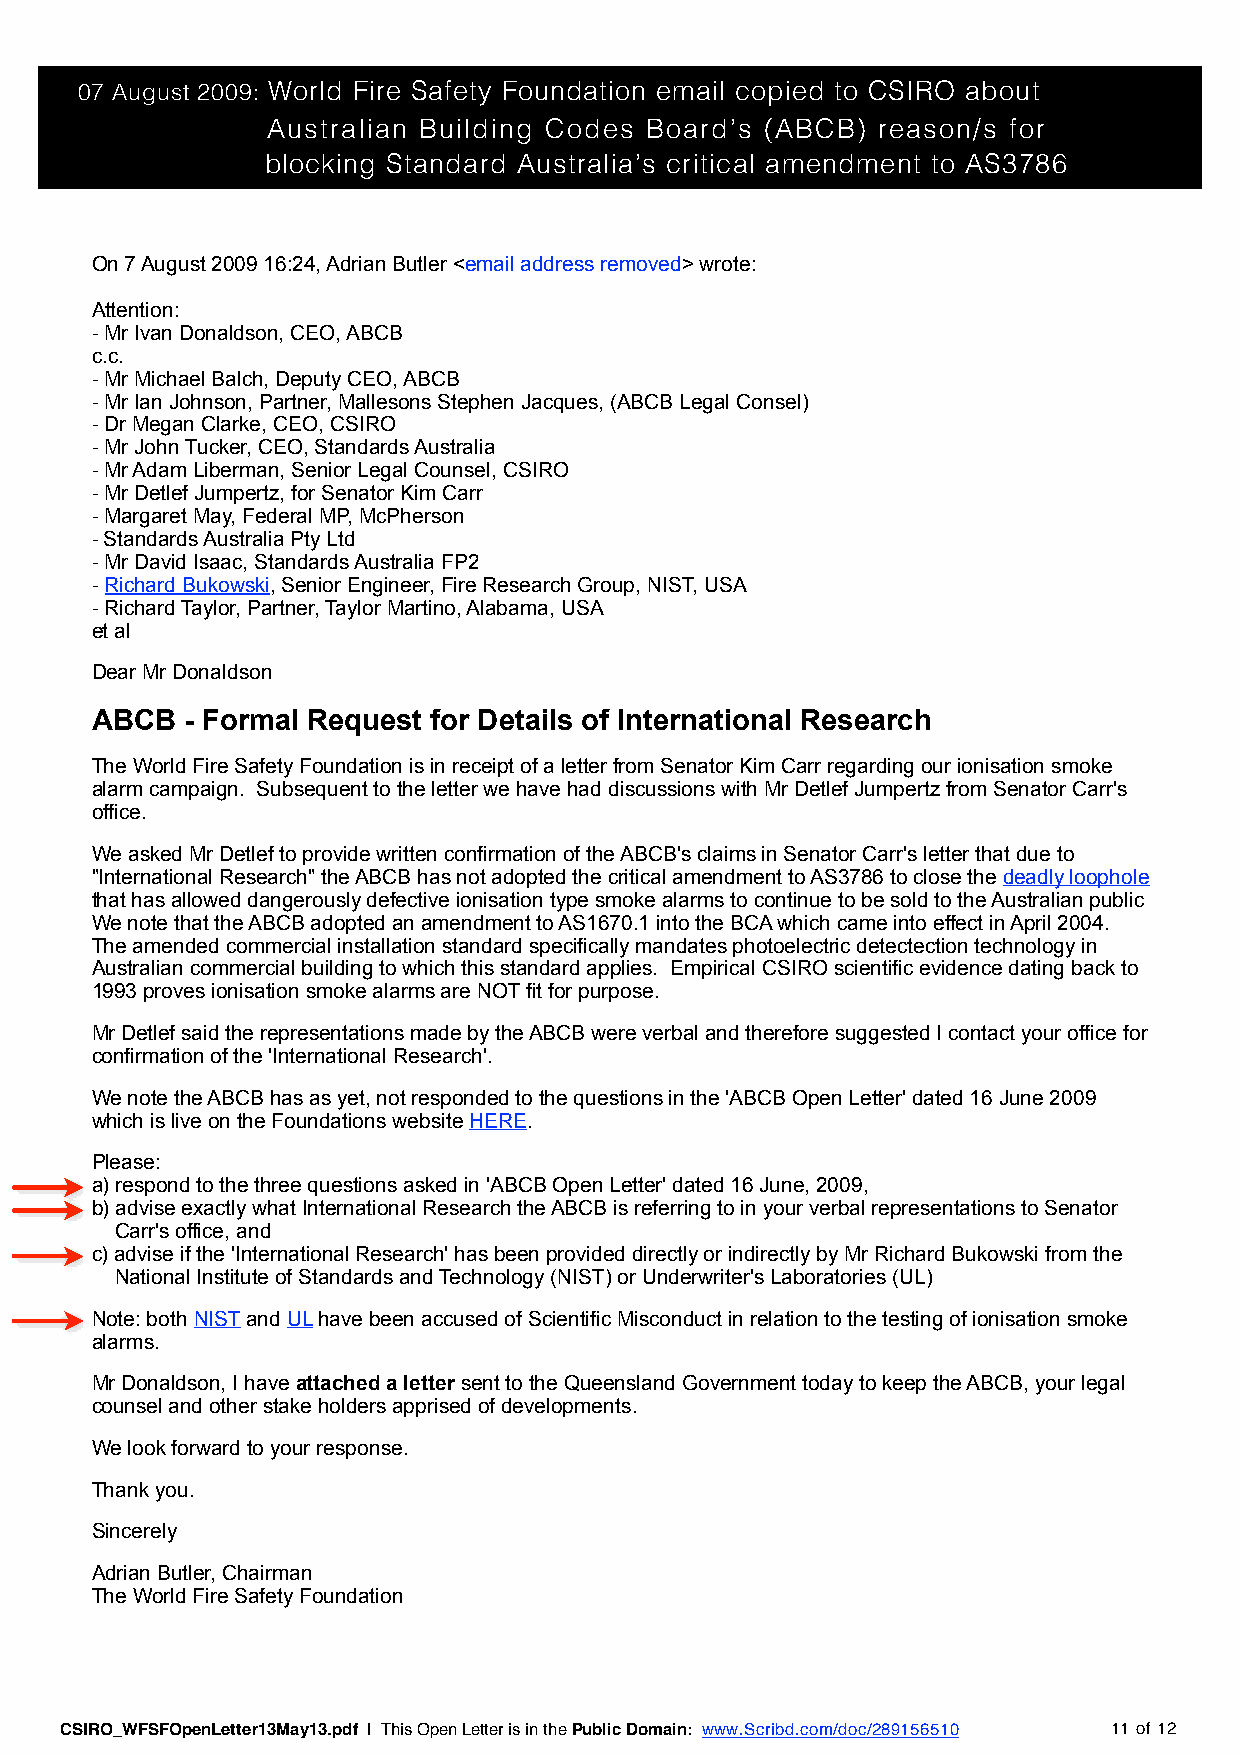
07 August 2009: World Fire Safety Foundation email copied to CSIRO about
 Australian Building Codes Board’s (ABCB) reason/s for
 blocking Standard Australia’s critical amendment to AS3786
 On 7 August 2009 16:24, Adrian Butler <email address removed> wrote:
 Attention:
 -Mr Ivan Donaldson, CEO, ABCB
 c.c.
 -Mr Michael Balch, Deputy CEO, ABCB
 -Mr Ian Johnson, Partner, Mallesons Stephen Jacques, (ABCB Legal Consel)
 -Dr Megan Clarke, CEO, CSIRO
 -Mr John Tucker, CEO, Standards Australia
 -Mr Adam Liberman, Senior Legal Counsel, CSIRO
 -Mr Detlef Jumpertz, for Senator Kim Carr
 -Margaret May, Federal MP, McPherson
 -Standards Australia Pty Ltd
 -Mr David Isaac, Standards Australia FP2
 -Richard Bukowski, Senior Engineer, Fire Research Group, NIST, USA
 -Richard Taylor, Partner, Taylor Martino, Alabama, USA
 et al
 Dear Mr Donaldson
 ABCB  - Formal Request for Details of International Research
 The World Fire Safety Foundation is in receipt of a letter from Senator Kim Carr regarding our ionisation smoke
 alarm campaign. Subsequent to the letter we have had discussions with Mr Detlef Jumpertz from Senator Carr's
 office.
 We asked Mr Detlef to provide written confirmation of the ABCB's claims in Senator Carr's letter that due to
 "International Research" the ABCB has not adopted the critical amendment to AS3786 to close the deadly loophole
 that has allowed dangerously defective ionisation type smoke alarms to continue to be sold to the Australian public
 We note that the ABCB adopted an amendment to AS1670.1 into the BCA which came into effect in April 2004.
 The amended commercial installation standard specifically mandates photoelectric detectection technology in
 Australian commercial building to which this standard applies. Empirical CSIRO scientific evidence dating back to
 1993 proves ionisation smoke alarms are NOT fit for purpose.
 Mr Detlef said the representations made by the ABCB were verbal and therefore suggested I contact your office for
 confirmation of the 'International Research'.
 We note the ABCB has as yet, not responded to the questions in the 'ABCB Open Letter' dated 16 June 2009
 which is live on the Foundations website HERE.
 Please:
 a)respond to the three questions asked in 'ABCB Open Letter' dated 16 June, 2009,
 b)advise exactly what International Research the ABCB is referring to in your verbal representations to Senator
 Carr's office, and
 c)advise if the 'International Research' has been provided directly or indirectly by Mr Richard Bukowski from the
 National Institute of Standards and Technology (NIST) or Underwriter's Laboratories (UL)
 Note: both NIST and UL have been accused of Scientific Misconduct in relation to the testing of ionisation smoke
 alarms.
 Mr Donaldson, I have attached a letter sent to the Queensland Government today to keep the ABCB, your legal
 counsel and other stake holders apprised of developments.
 We look forward to your response.
 Thank you.
 Sincerely
 Adrian Butler, Chairman
 The World Fire Safety Foundation
 CSIRO_WFSFOpenLetter13May13.pdf | This Open Letter is in the Public Domain: www.Scribd.com/doc/289156510 11 of 12